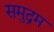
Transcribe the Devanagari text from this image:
समुद्रम